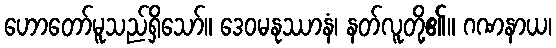
ဟောတော်မူသည်ရှိသော်။ ဒေဝမနုဿာနံ၊ နတ်လူတို့၏။ ဂဏနာယ၊